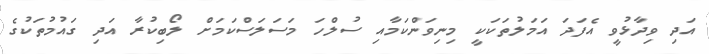
އަދި ވިދާޅުވީ އެފަދަ އަމަލުތަކަކީ މިނިވަންކަމާއި ސުލްހަ މަސަލަސްކަމަށް ލޯބިކުރާ އަދި ގައުމުތަކުގެ